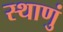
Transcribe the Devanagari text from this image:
स्थाणुं